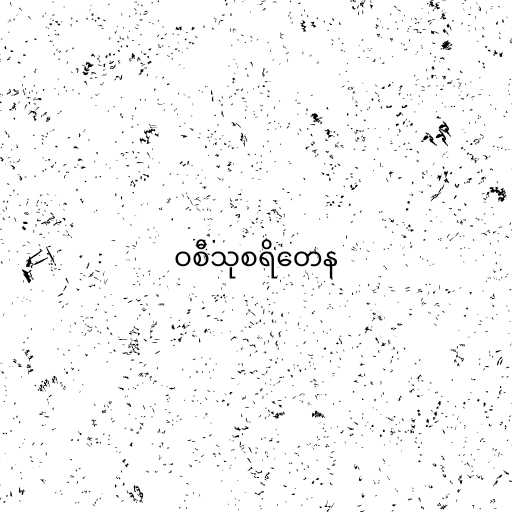
ဝစီသုစရိတေန